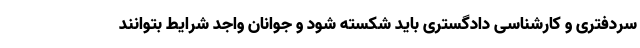
سردفتری و کارشناسی دادگستری باید شکسته شود و جوانان واجد شرایط بتوانند